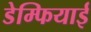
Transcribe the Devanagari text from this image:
डेम्फियाई